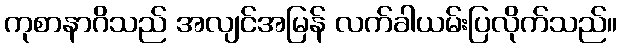
ကုစာနာဂိသည် အလျင်အမြန် လက်ခါယမ်းပြလိုက်သည်။